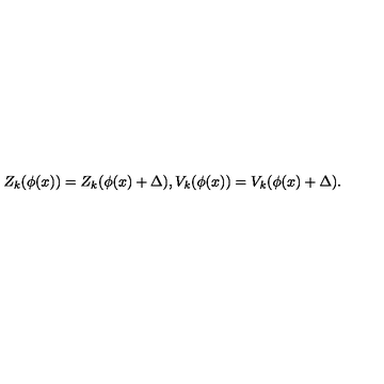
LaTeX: Z _ { k } ( \phi ( x ) ) = Z _ { k } ( \phi ( x ) + \Delta ) , V _ { k } ( \phi ( x ) ) = V _ { k } ( \phi ( x ) + \Delta ) .